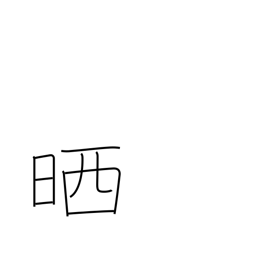
Meaning: refine